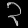
Digit: ၃